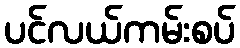
ပင်လယ်ကမ်းစပ်